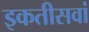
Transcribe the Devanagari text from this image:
इकतीसवां